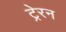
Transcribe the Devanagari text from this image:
ट्रेरन